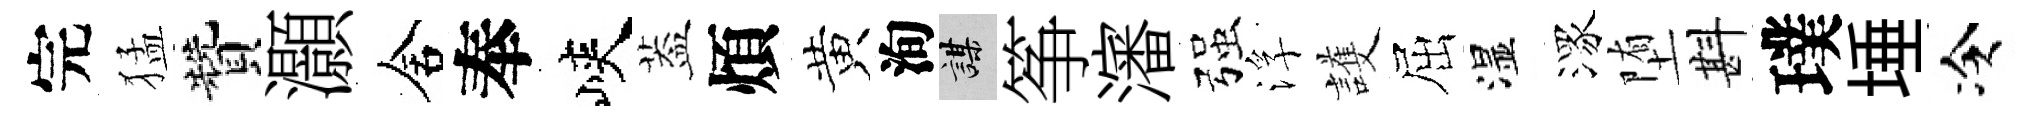
完猛贊灝舍奉峽葢煩黄洵謀筝瀋强浮護屈湿潈堕斟璞埵冷